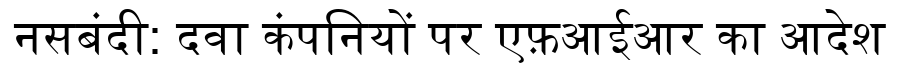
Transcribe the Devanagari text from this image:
नसबंदी: दवा कंपनियों पर एफ़आईआर का आदेश